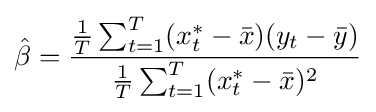
{\hat {\beta }}={\frac {{\tfrac {1}{T}}\sum _{t=1}^{T}(x_{t}^{*}-{\bar {x}})(y_{t}-{\bar {y}})}{{\tfrac {1}{T}}\sum _{t=1}^{T}(x_{t}^{*}-{\bar {x}})^{2}}}